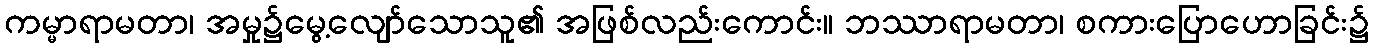
ကမ္မာရာမတာ၊ အမှု၌မွေ့လျော်သောသူ၏ အဖြစ်လည်းကောင်း။ ဘဿာရာမတာ၊ စကားပြောဟောခြင်း၌